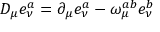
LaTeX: D _ { \mu } e _ { \nu } ^ { a } = \partial _ { \mu } e _ { \nu } ^ { a } - \omega _ { \mu } ^ { a b } e _ { \nu } ^ { b }